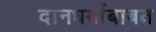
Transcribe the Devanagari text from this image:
दानधर्माबाबत